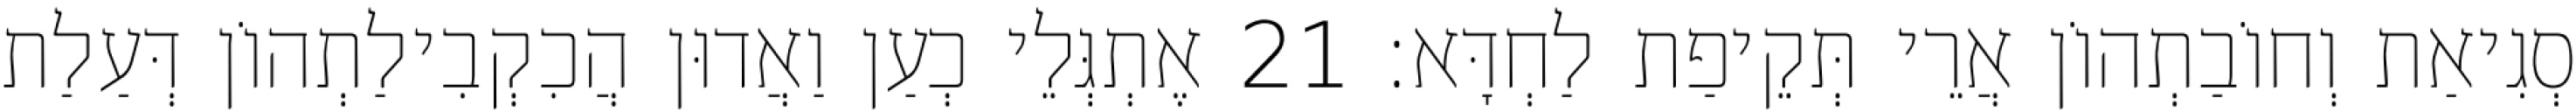
סְגִיאַת וְחוֹבַתְהוֹן אֲרֵי תְּקֵיפַת לַחְדָּא׃ 21 אֶתְגְּלֵי כְעַן וַאֲדוּן הֲכִקְבִילַתְהוֹן דְּעַלַת